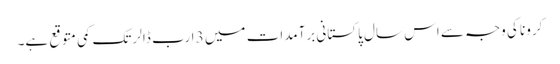
کرونا کی وجہ سے اس سال پاکستانی برآمدات میں 3 ارب ڈالر تک کمی متوقع ہے۔